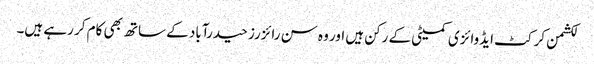
لکشمن کرکٹ ایڈوائزی کمیٹی کے رکن ہیں اور وہ سن رائزرز حیدرآباد کے ساتھ بھی کام کر رہے ہیں۔